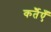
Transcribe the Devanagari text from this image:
कर्तैएँ